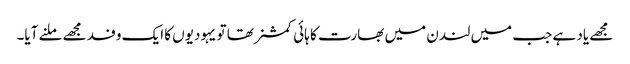
مجھے یاد ہے جب میں لندن میں بھارت کا ہائی کمشنر تھا تو یہودیوں کا ایک وفد مجھے ملنے آیا۔